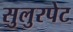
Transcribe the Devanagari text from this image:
सुलुरपेट